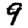
Digit: 9